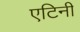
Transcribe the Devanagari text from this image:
एटिनी